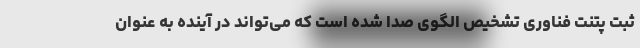
ثبت پتنت فناوری تشخیص الگوی صدا شده است که می‌تواند در آینده به عنوان